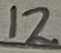
Text: 12